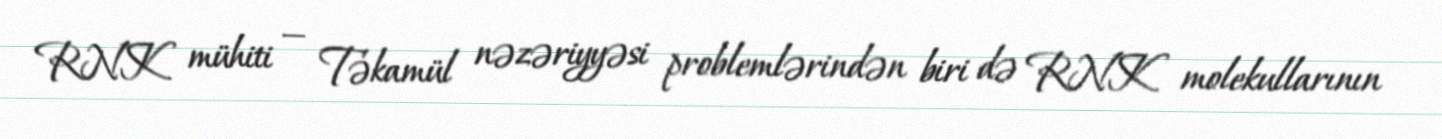
RNK mühiti — Təkamül nəzəriyyəsi problemlərindən biri də RNK molekullarının